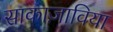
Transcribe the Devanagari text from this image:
साकाज़ाविया